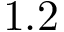
1 . 2